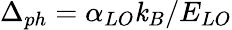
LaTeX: \Delta_{ph}=\alpha_{LO}\mathit{k}_{B}/E_{LO}